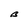
Character: B